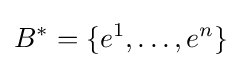
B^{*}=\{e^{1},\dots ,e^{n}\}